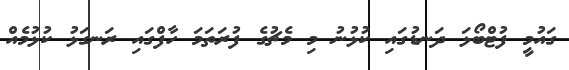
ގައުމީ ފުޓްބޯޅަ ދަނޑުގައި ކުޅުނު މި މެޗުގެ ފުރަތަމަ ހާފްގައި ރަނގަޅު ކުޅުމެއް